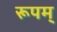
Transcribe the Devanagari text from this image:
रूपम्